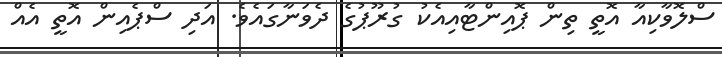
ސްލޮވާކިއާ އޮތީ ތިން ޕޮއިންޓާއިއެކު ގުރޫޕުގެ ދެވަނާގައެވެ. އަދި ސްޕެއިން އޮތީ އެއް